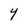
Character: Y